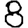
Digit: 8